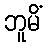
ဘူမိံ